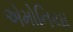
એમોનિયા